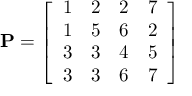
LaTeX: \mathbf { P } = { \left[ \begin{array} { l l l l } { 1 } & { 2 } & { 2 } & { 7 } \\ { 1 } & { 5 } & { 6 } & { 2 } \\ { 3 } & { 3 } & { 4 } & { 5 } \\ { 3 } & { 3 } & { 6 } & { 7 } \end{array} \right] }